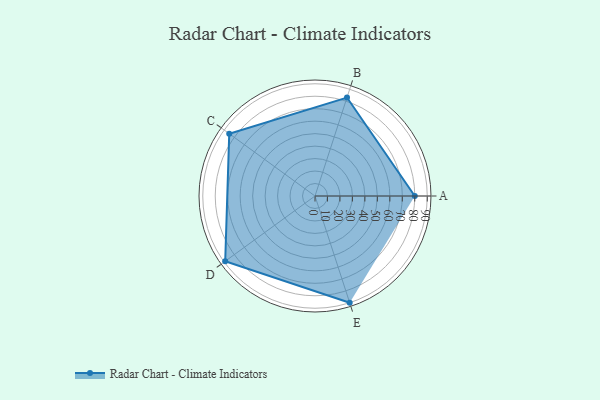
{"axis": {"x": "Skill", "y": "Score"}, "legend": ["Profile"], "data": [{"x": "A", "y": 80.0, "type": "Profile"}, {"x": "B", "y": 83.0, "type": "Profile"}, {"x": "C", "y": 85.0, "type": "Profile"}, {"x": "D", "y": 89.0, "type": "Profile"}, {"x": "E", "y": 90.0, "type": "Profile"}]}